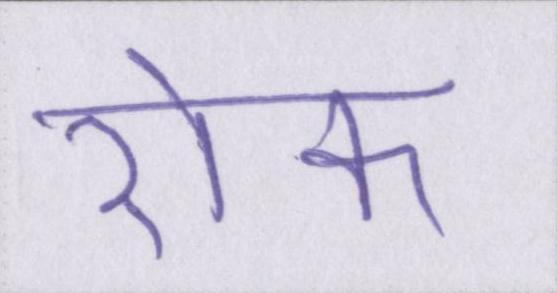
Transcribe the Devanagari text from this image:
रॊक